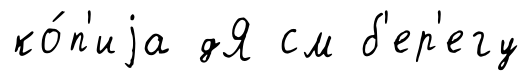
ко́п'иjа дЯ см б'ер'егу